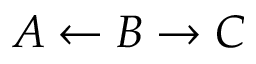
A \leftarrow B \rightarrow C